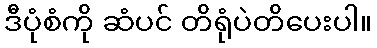
ဒီပုံစံကို ဆံပင် တိရုံပဲတိပေးပါ။